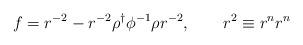
LaTeX: \begin{align*}f=r^{-2}-r^{-2}\rho^\dag\phi^{-1}\rho r^{-2},\qquad r^2\equiv r^nr^n\end{align*}